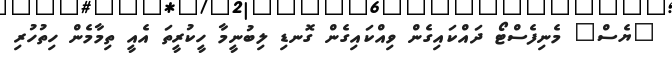
"ޔެސް" މެނިފެސްޓޯ ދައްކައިގެން ވިއްކައިގެން ގޮނޑި ލިބުނީމާ ހީކުރީތަ އެއީ ތިމާމެން ހިތުހުރި